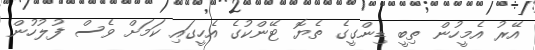
އޭރު އެމީހުން ތިބީ ޑިންގީގެ ތެޔޮ ޓޭންކުގެ އެހީގައި ކަމަށް ވެސް ފުލުހުން